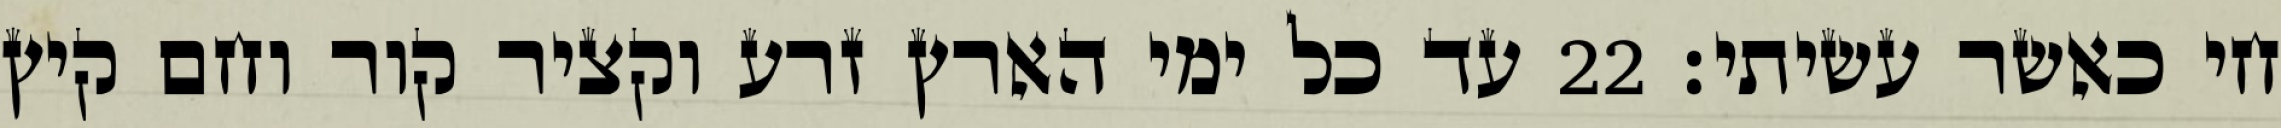
חי כאשר עשיתי׃ ‎22‏ עד כל ימי הארץ זרע וקציר קור וחם קיץ